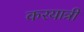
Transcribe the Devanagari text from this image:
करयात्री